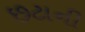
છટાની